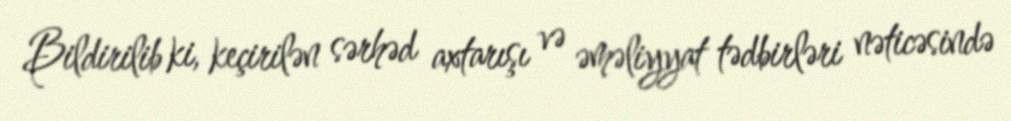
Bildirilib ki, keçirilən sərhəd axtarışı və əməliyyat tədbirləri nəticəsində